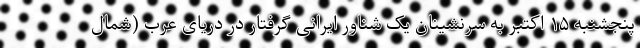
پنجشنبه ۱۵ اکتبر به سرنشینان یک شناور ایرانی گرفتار در دریای عرب (شمال